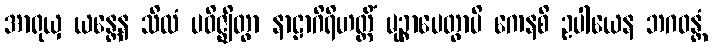
အာရုယှ ယန္တေန သိလံ ပဝိဇ္ဈိတွာ နာဠာဂိရိဟတ္ထိံ မုဉ္စာပေတွာပိ ကေနစိ ဥပါယေန ဘဂဝန္တံ